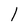
Character: l